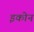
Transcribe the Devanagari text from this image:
इकोन